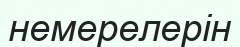
немерелерін